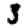
Digit: 3